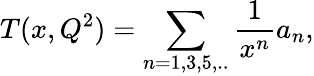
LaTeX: T(x,Q^{2})=\sum_{n=1,3,5,..}\frac{1}{x^{n}}a_{n},